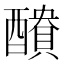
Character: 𮡁